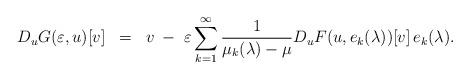
LaTeX: \begin{align*}D_uG(\varepsilon, u)[v] \; \; = \; \; v \; - \; \varepsilon \sum_{k=1}^\infty \frac{1}{\mu_k(\lambda) - \mu} D_uF(u, e_k(\lambda))[v]\, e_k(\lambda).\end{align*}